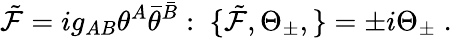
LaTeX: {\tilde{\cal F}}=ig_{AB}\theta^{A}{\bar{\theta}}^{\bar{B}}:\; \{ {\tilde{\cal F}},\Theta_{\pm},\} =\pm i\Theta_{\pm}\; .